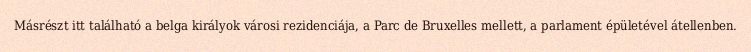
Másrészt itt található a belga királyok városi rezidenciája, a Parc de Bruxelles mellett, a parlament épületével átellenben.